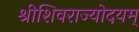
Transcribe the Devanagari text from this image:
श्रीशिवराज्योदयम्